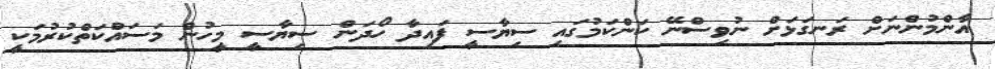
އާންމުންނަށް ރަނގަޅަށް ނުވިސްނޭ ކަންކަމުގައި ސިޔާސީ ފައިދާ ހޯދަން ސިޔާސީ މީހުން މަސައްކަތްކުރުމަކީ